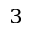
^ { 3 }